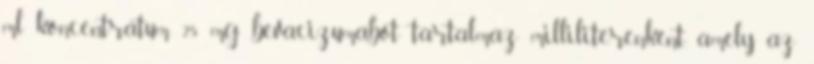
ml koncentrátum 25 mg bevacizumabot tartalmaz milliliterenként, amely az